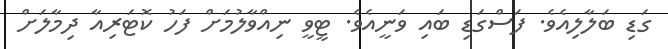
ގަޑި ބަލާލިއެވެ. ފަސްގަޑި ބައި ވަނީއެވެ. ޓީވީ ނިއްވާލުމަށް ފަހު ކޮޓަރިއާ ދިމާލަށް